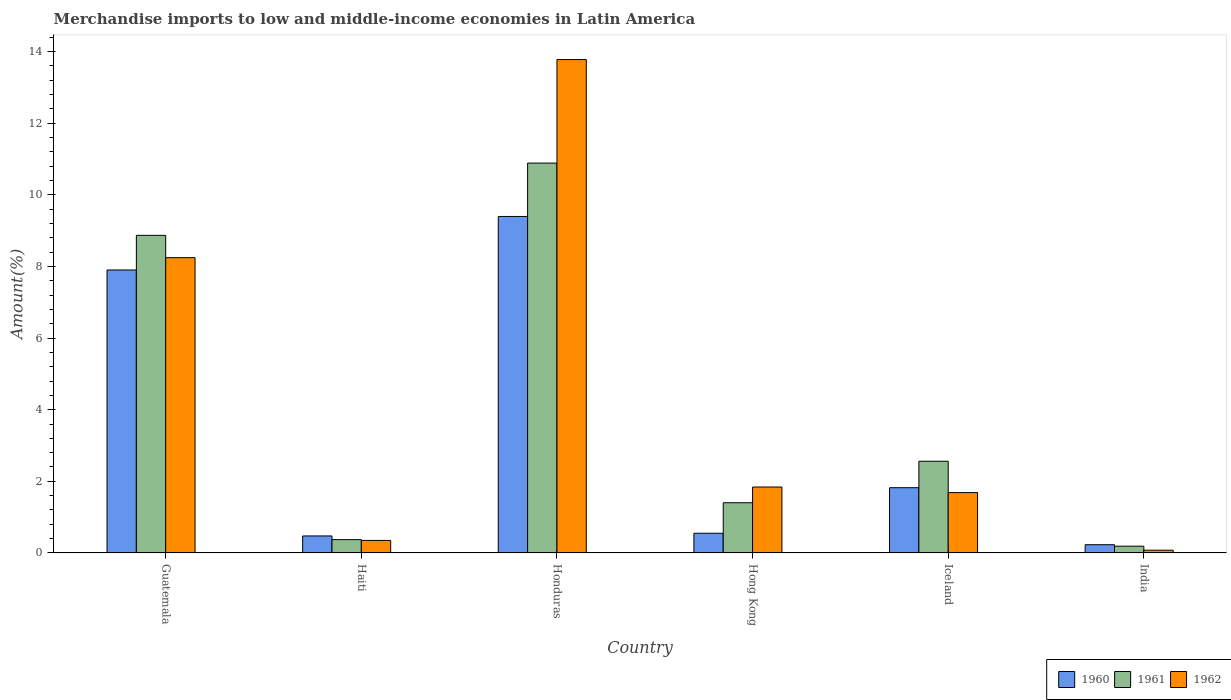
| Country | 1960 | 1961 | 1962 |
 | --- | --- | --- | --- |
 | Guatemala | 7.9 | 8.87 | 8.24 |
 | Haiti | 0.476 | 0.373 | 0.351 |
 | Honduras | 9.39 | 10.9 | 13.8 |
 | Hong Kong | 0.551 | 1.4 | 1.84 |
 | Iceland | 1.82 | 2.56 | 1.69 |
 | India | 0.231 | 0.19 | 0.0779 |